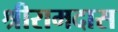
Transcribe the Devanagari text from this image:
श्रीरामदास